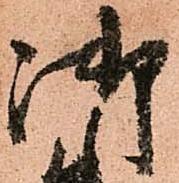
御